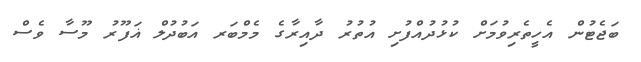
ބަޖެޓުން އެހީތެރިވުމަށް ކުޅުދުއްފުށި އުތުރު ދާއިރާގެ މެމްބަރ އަބުދުލް ޣަފޫރު މޫސާ ވެސް